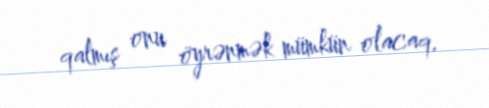
qalmış onu öyrənmək mümkün olacaq.